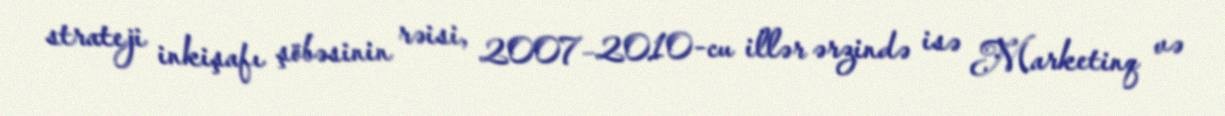
strateji inkişafı şöbəsinin rəisi, 2007–2010-cu illər ərzində isə Marketinq və